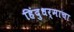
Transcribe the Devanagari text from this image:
हिंदुधर्माचा